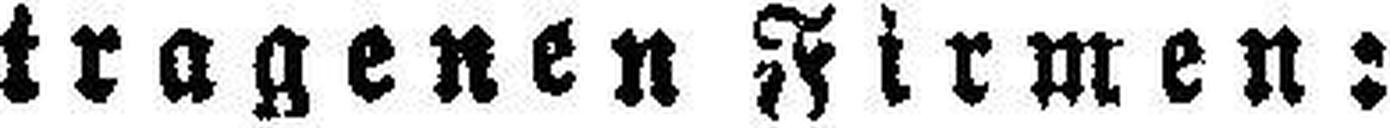
tragenen Firmen: